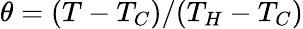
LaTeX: \theta=(T-T_{C})/(T_{H}-T_{C})